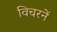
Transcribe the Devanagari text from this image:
विचरनें